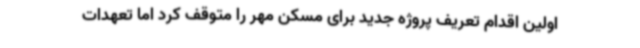
اولین اقدام تعریف پروژه جدید برای مسکن مهر را متوقف کرد اما تعهدات